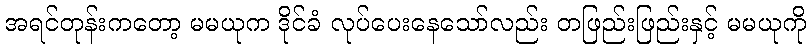
အရင်တုန်းကတော့ မမယုက ဒိုင်ခံ လုပ်ပေးနေသော်လည်း တဖြည်းဖြည်းနှင့် မမယုကို